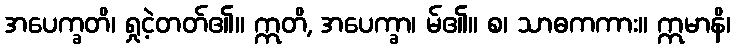
အပေက္ခတိ၊ ရှုငဲ့တတ်၏။ ဣတိ, အပေက္ခာ၊ မ်၏။ စ၊ သာဓကကား။ ဣမာနိ၊